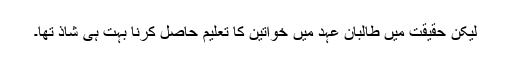
لیکن حقیقت میں طالبان عہد میں خواتین کا تعلیم حاصل کرنا بہت ہی شاذ تھا۔